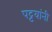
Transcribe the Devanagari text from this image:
पट्टयांनी